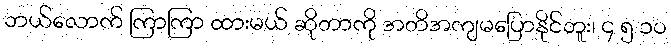
ဘယ်လောက် ကြာကြာ ထားမယ် ဆိုတာကို အတိအကျမပြောနိုင်ဘူး၊ ၄ ၅ ၁၀